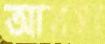
আয়সা